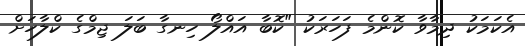
އެކަމަކު ދިމާވާ ކޮންމެ ފަހަރަކު "ކޮބާ އައްލޯ ހިނގާ ބަލަ ޖިމްގެ ކްލާހަށް